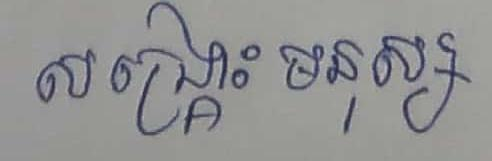
សង្គ្រោះមនុស្ស